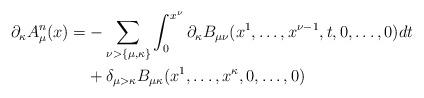
LaTeX: \begin{align*}\partial_\kappa A_\mu^n(x) = & -\sum_{\nu>\{\mu, \kappa\}} \int_0^{x^\nu} \partial_\kappa B_{\mu\nu}(x^1, \ldots, x^{\nu-1}, t, 0, \ldots, 0) dt\\& + \delta_{\mu>\kappa} B_{\mu\kappa}(x^1, \ldots, x^{\kappa}, 0, \ldots, 0) \end{align*}